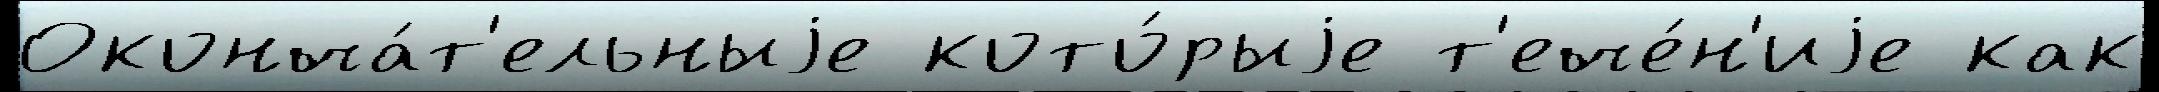
Оконча́т'ельныjе кото́рыjе т'ече́н'иjе как